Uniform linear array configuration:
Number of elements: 16
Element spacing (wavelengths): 0.25
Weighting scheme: blackman
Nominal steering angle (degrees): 15
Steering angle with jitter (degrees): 13.496
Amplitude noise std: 0.05
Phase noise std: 0.05

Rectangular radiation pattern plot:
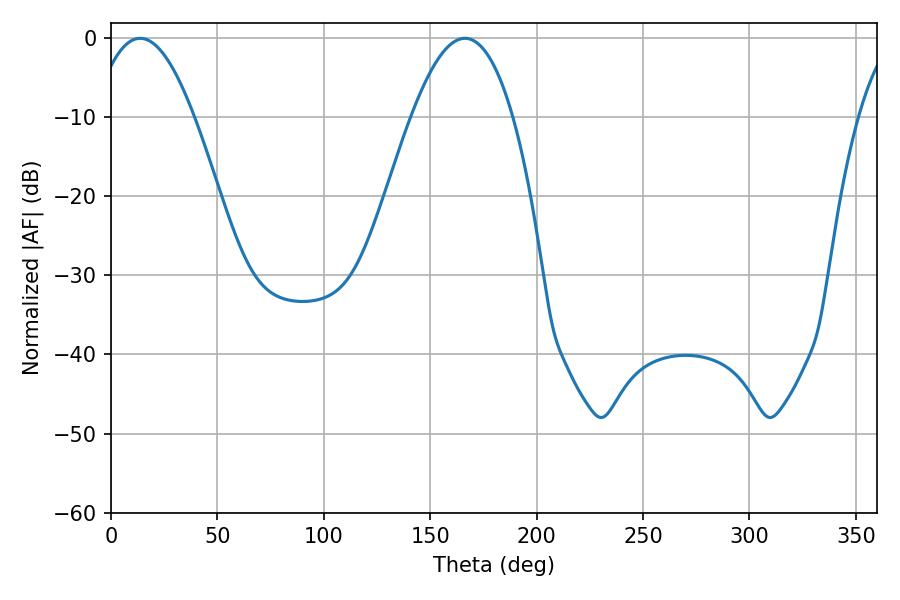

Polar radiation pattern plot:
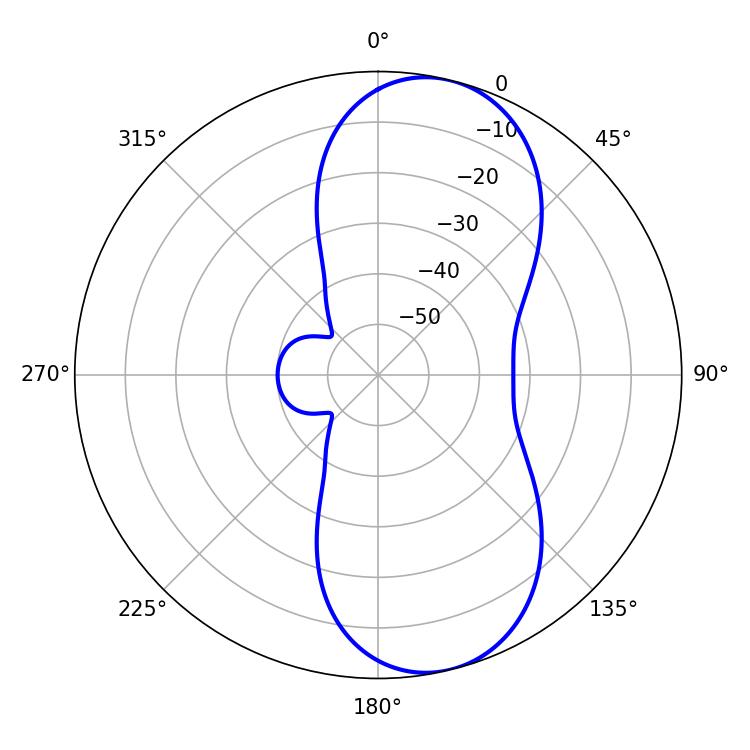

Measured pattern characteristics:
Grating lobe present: FALSE
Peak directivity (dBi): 9.123
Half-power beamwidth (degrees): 26.1
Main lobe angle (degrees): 13.68